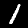
Label: 1